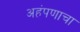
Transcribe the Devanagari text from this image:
अहंपणाचा